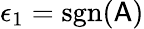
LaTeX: \epsilon_{1}=\mathrm{sgn}(\mathsf{A})